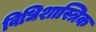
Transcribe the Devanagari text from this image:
विधिशास्त्रिक